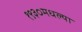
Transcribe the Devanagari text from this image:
१९३०मधल्या